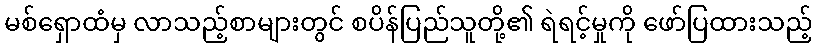
မစ်ရှောထံမှ လာသည့်စာများတွင် စပိန်ပြည်သူတို့၏ ရဲရင့်မှုကို ဖော်ပြထားသည့်